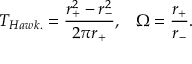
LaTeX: T _ { H a w k . } = \frac { r _ { + } ^ { 2 } - r _ { - } ^ { 2 } } { 2 \pi r _ { + } } , \; \; \; \Omega = \frac { r _ { + } } { r _ { - } } .